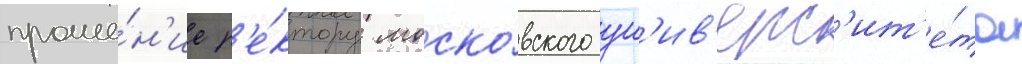
проше́н'ие р'е́ктору моско́вского ун'ив'ерс'ит'е́та